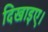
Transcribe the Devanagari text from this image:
दिखाइए।